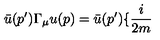
\bar { u } ( p ^ { \prime } ) \Gamma _ { \mu } u ( p ) = \bar { u } ( p ^ { \prime } ) \{ \frac { i } { 2 m }